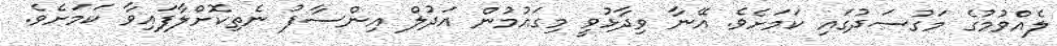
ލެއްވުމުގެ މަގުސަދުގައި ކަމަށެވެ. އޭނާ ވިދާޅުވީ މިގައުމުން އަދުލް އިންސާފު ނެތިކޮށްލާފައިވާ ކަމަށެވެ.